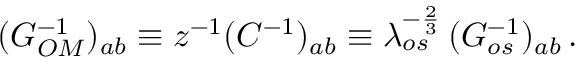
( G _ { O M } ^ { - 1 } ) _ { a b } \equiv z ^ { - 1 } ( C ^ { - 1 } ) _ { a b } \equiv \lambda _ { o s } ^ { - { \frac { 2 } { 3 } } } \, ( G _ { o s } ^ { - 1 } ) _ { a b } \, .